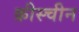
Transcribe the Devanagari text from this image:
क्रीस्चीन